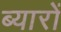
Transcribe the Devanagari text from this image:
ब्यारों